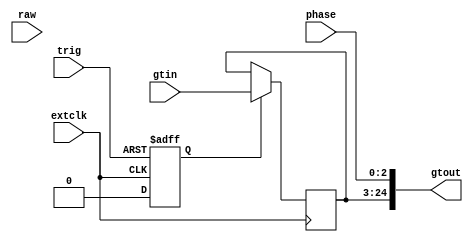
`timescale 1ns / 1ps
//////////////////////////////////////////////////////////////////////////////////
// Company: 
// Engineer: 
// 
// Design Name: 
// Module Name:    gtlatch 
// Project Name:   WFD125
// Target Devices: XC6S
// Tool versions: 
// Description:    Latch external 125 MHz frequency counter with ADC clock.
//		The result includes phase as 3 LS bits
// Dependencies: 
//
// Revision: 
// Revision 0.01 - File Created
// Additional Comments: 
//
//////////////////////////////////////////////////////////////////////////////////
module gtlatch #(
	parameter PHASE = "ENCODED"	// RAW / ENCODED
)(
	input			extclk,	// External frequency
	input [21:0] 		gtin,	// External frequency counter
	input 			trig,	// Trigger
	input [2:0] 		phase,	// external frequency phase encoded
	input [5:0]		raw,	// external frequency phase raw
	output [24:0]	 	gtout	// latched result
);

	reg [21:0]		gt = 0;
	reg			trig_e = 0;
	
	always @ (posedge extclk or posedge trig) begin
		if (trig) begin
			trig_e <= 1;
		end else if (trig_e) begin
			trig_e <= 0;
		end
	end

	always @ (posedge extclk) begin
		if (trig_e) begin
			gt <= gtin;
		end
	end
	generate 
		if (PHASE == "RAW") begin
			assign gtout = {gt[18:0], raw};
		end else begin
			assign gtout = {gt, phase};
		end
	endgenerate

endmodule